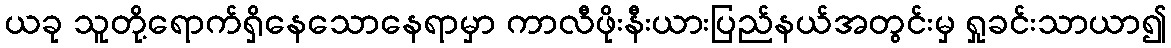
ယခု သူတို့ရောက်ရှိနေသောနေရာမှာ ကာလီဖိုးနီးယားပြည်နယ်အတွင်းမှ ရှုခင်းသာယာ၍